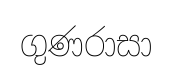
ගුණරාසා